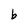
Character: b